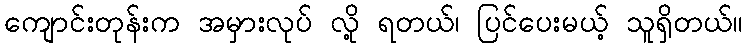
ကျောင်းတုန်းက အမှားလုပ် လို့ ရတယ်၊ ပြင်ပေးမယ့် သူရှိတယ်။